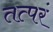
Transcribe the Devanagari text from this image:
तत्परं